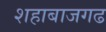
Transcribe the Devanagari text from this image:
शहाबाजगढ